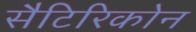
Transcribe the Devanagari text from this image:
सैटिरिकोन